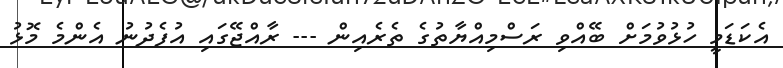
އެކަޑަމީ ހުޅުވުމަށް ބޭއްވި ރަސްމިއްޔާތުގެ ތެރެއިން --- ރާއްޖޭގައި އުފެދުނު އެންމެ މޮޅު